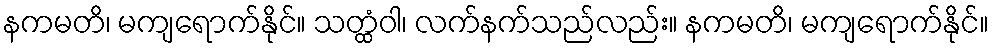
နကမတိ၊ မကျရောက်နိုင်။ သတ္ထံဝါ၊ လက်နက်သည်လည်း။ နကမတိ၊ မကျရောက်နိုင်။